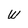
Character: W